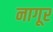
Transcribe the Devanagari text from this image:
नागूर